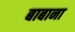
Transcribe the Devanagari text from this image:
बाबाना